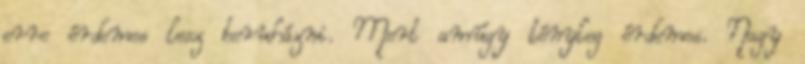
erre érdemes lesz beruházni. Mert amúgy tényleg érdemes. Nagy